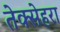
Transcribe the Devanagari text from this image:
तेक्सेहरा